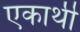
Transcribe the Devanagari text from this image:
एकार्थी